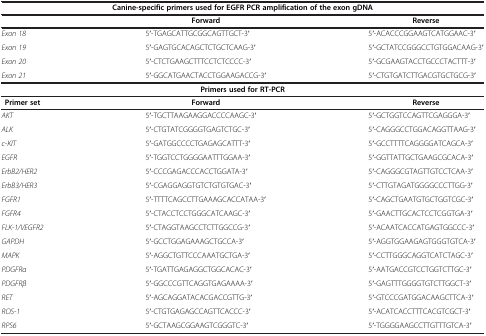
<table><thead><tr><td colspan="3"><b>Canine-specific primers used for EGFR PCR amplification of the exon gDNA</b></td></tr><tr><td><b> </b></td><td><b>Forward</b></td><td><b>Reverse</b></td></tr></thead><tbody><tr><td><i>Exon 18</i></td><td>5′-TGAGCATTGCGGCAGTTGCT-3′</td><td>5′-ACACCCGGAAGTCATGGAAC-3′</td></tr><tr><td><i>Exon 19</i></td><td>5′-GAGTGCACAGCTCTGCTCAAG-3′</td><td>5′-GCTATCCGGGCCTGTGGACAAG-3′</td></tr><tr><td><i>Exon 20</i></td><td>5′-CTCTGAAGCTTTCCTCTCCCC-3′</td><td>5′-GCGAAGTACCTGCCCTACTTT-3′</td></tr><tr><td><i>Exon 21</i></td><td>5′-GGCATGAACTACCTGGAAGACCG-3′</td><td>5′-CTGTGATCTTGACGTGCTGCG-3′</td></tr><tr><td colspan="3"><b>Primers used for </b><b>RT-PCR</b></td></tr><tr><td><b>Primer set</b></td><td><b>Forward</b></td><td><b>Reverse</b></td></tr><tr><td><i>AKT</i></td><td>5′-TGCTTAAGAAGGACCCCAAGC-3′</td><td>5′-GCTGGTCCAGTTCGAGGGA-3′</td></tr><tr><td><i>ALK</i></td><td>5′-CTGTATCGGGGTGAGTCTGC-3′</td><td>5′-CAGGGCCTGGACAGGTTAAG-3′</td></tr><tr><td><i>c-KIT</i></td><td>5′-GATGGCCCCTGAGAGCATTT-3′</td><td>5′-GCCTTTTCAGGGGATCAGCA-3′</td></tr><tr><td><i>EGFR</i></td><td>5′-TGGTCCTGGGGAATTTGGAA-3′</td><td>5′-GGTTATTGCTGAAGCGCACA-3′</td></tr><tr><td><i>ErbB2/HER2</i></td><td>5′-CCCGAGACCCACCTGGATA-3′</td><td>5′-CAGGGCGTAGTTGTCCTCAA-3′</td></tr><tr><td><i>ErbB3/HER3</i></td><td>5′-CGAGGAGGTGTCTGTGTGAC-3′</td><td>5′-CTTGTAGATGGGGCCCTTGG-3′</td></tr><tr><td><i>FGFR1</i></td><td>5′-TTTTCAGCCTTGAAAGCACCATAA-3′</td><td>5′-CAGCTGAATGTGCTGGTCGC-3′</td></tr><tr><td><i>FGFR4</i></td><td>5′-CTACCTCCTGGGCATCAAGC-3′</td><td>5′-GAACTTGCACTCCTCGGTGA-3′</td></tr><tr><td><i>FLK-1/VEGFR2</i></td><td>5′-CTAGGTAAGCCTCTTGGCCG-3′</td><td>5′-ACAATCACCATGAGTGGCCC-3′</td></tr><tr><td><i>GAPDH</i></td><td>5′-GCCTGGAGAAAGCTGCCA-3′</td><td>5′-AGGTGGAAGAGTGGGTGTCA-3′</td></tr><tr><td><i>MAPK</i></td><td>5′-AGGCTGTTCCCAAATGCTGA-3′</td><td>5′-CCTTGGGCAGGTCATCTAGC-3′</td></tr><tr><td><i>PDGFRα</i></td><td>5′-TGATTGAGAGGCTGGCACAC-3′</td><td>5′-AATGACCGTCCTGGTCTTGC-3′</td></tr><tr><td><i>PDGFRβ</i></td><td>5′-GGCCCGTTCAGGTGAGAAAA-3′</td><td>5′-GAGTTTGGGGTGTCTTGGCT-3′</td></tr><tr><td><i>RET</i></td><td>5′-AGCAGGATACACGACCGTTG-3′</td><td>5′-GTCCCGATGGACAAGCTTCA-3′</td></tr><tr><td><i>ROS-1</i></td><td>5′-CTGTGAGAGCCAGTTCACCC-3′</td><td>5′-ACATCACCTTTCACGTCGCT-3′</td></tr><tr><td><i>RPS6</i></td><td>5′-GCTAAGCGGAAGTCGGGTC-3′</td><td>5′-TGGGGAAGCCTTGTTTGTCA-3′</td></tr></tbody></table>